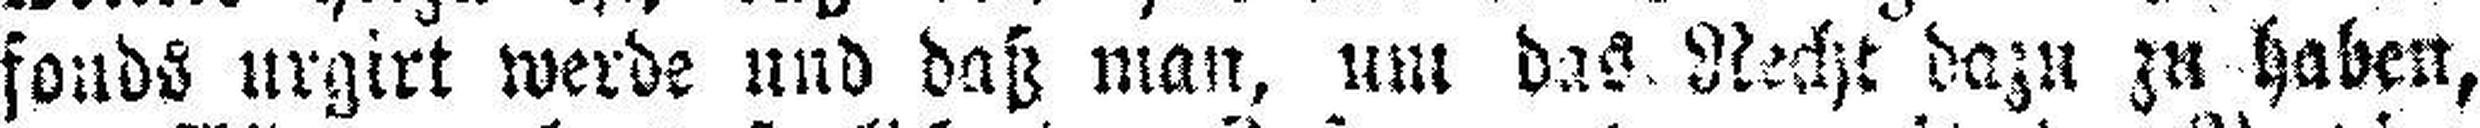
fonds urgirt werde und daß man, um das Recht dazu zu haben,